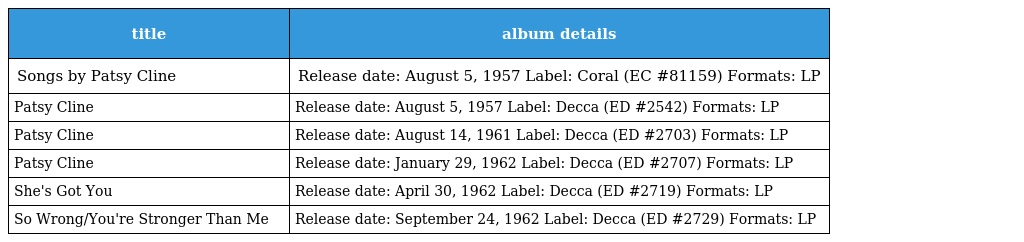
| title | album details |
 | --- | --- |
 | Songs by Patsy Cline | Release date: August 5, 1957 Label: Coral (EC #81159) Formats: LP |
 | Patsy Cline | Release date: August 5, 1957 Label: Decca (ED #2542) Formats: LP |
 | Patsy Cline | Release date: August 14, 1961 Label: Decca (ED #2703) Formats: LP |
 | Patsy Cline | Release date: January 29, 1962 Label: Decca (ED #2707) Formats: LP |
 | She's Got You | Release date: April 30, 1962 Label: Decca (ED #2719) Formats: LP |
 | So Wrong/You're Stronger Than Me | Release date: September 24, 1962 Label: Decca (ED #2729) Formats: LP |